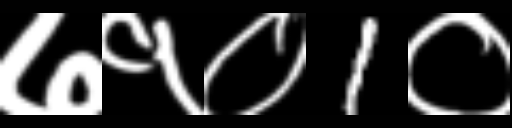
Text: ७१०1०